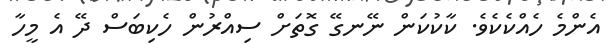
އެންމެ ހެއްކެކެވެ. ކާކުކަން ނޭނގޭ ގޮތަށް ސިއްރުން ހެކިބަސް ދޭ އެ މީހާ